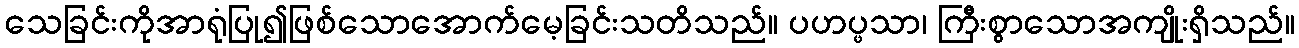
သေခြင်းကိုအာရုံပြု၍ဖြစ်သောအောက်မေ့ခြင်းသတိသည်။ ပဟပ္ဖသာ၊ ကြီးစွာသောအကျိုးရှိသည်။